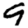
Digit: 9